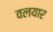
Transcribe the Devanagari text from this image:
वलयार